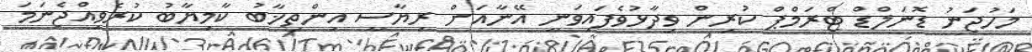
މަހުޖަނު ޑޮނަލްޑް ޓްރަމްޕް ކުރިން ވިދާޅުވެފައިވަނީ އޭނާއަށް ރިޔާސީ އިންތިޚާބު ކާމިޔާބު ކުރެވިއްޖެނަމަ